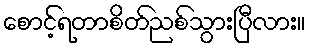
စောင့်ရတာစိတ်ညစ်သွားပြီလား။